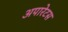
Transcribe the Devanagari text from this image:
अपारेटस